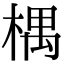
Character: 𣕃